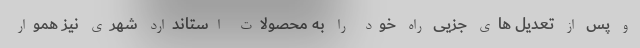
و پس از تعدیل های جزیی راه خود را به محصولات استاندارد شهری نیز هموار